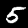
Label: 5